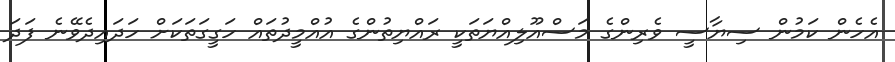
އެހެން ކަމުން ސިޔާސީ ވެރިންގެ މަސްއޫލިއްޔަތަކީ ރައްޔިތުންގެ އުއްމީދުތައް ހަގީގަތަކަށް ހަދައިދެވޭނެ ފަދަ